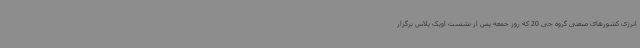
انرژی کشورهای صنعتی گروه جی 20 که روز جمعه پس از نشست اوپک پلاس برگزار